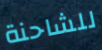
للشاحنة